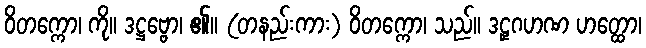
ဝိတက္ကော၊ ကို။ ဒဋ္ဌဗ္ဗော၊ ၏။ (တနည်းကား) ဝိတက္ကော၊ သည်။ ဒဠှဂဟဏ ဟတ္ထော၊